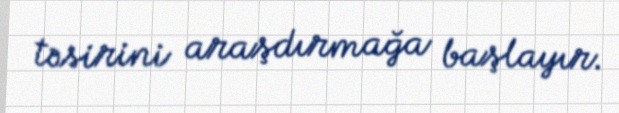
təsirini araşdırmağa başlayır.